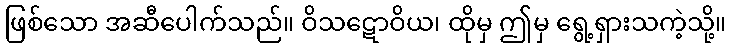
ဖြစ်သော အဆီပေါက်သည်။ ဝိသဋောဝိယ၊ ထိုမှ ဤမှ ရွေ့ရှားသကဲ့သို့။